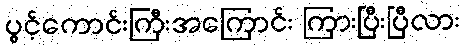
ပွင့်ကောင်းကြီးအကြောင်း ကြားပြီးပြီလား